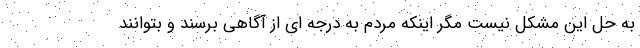
به حل این مشکل نیست مگر اینکه مردم به درجه ای از آگاهی برسند و بتوانند